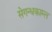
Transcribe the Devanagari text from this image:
सेगन्धकाम्ल